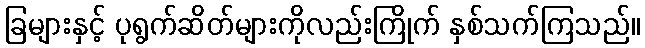
ခြများနှင့် ပုရွက်ဆိတ်များကိုလည်းကြိုက် နှစ်သက်ကြသည်။